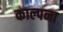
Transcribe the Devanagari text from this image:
काल्पना